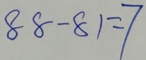
8 8 - 8 1 = 7